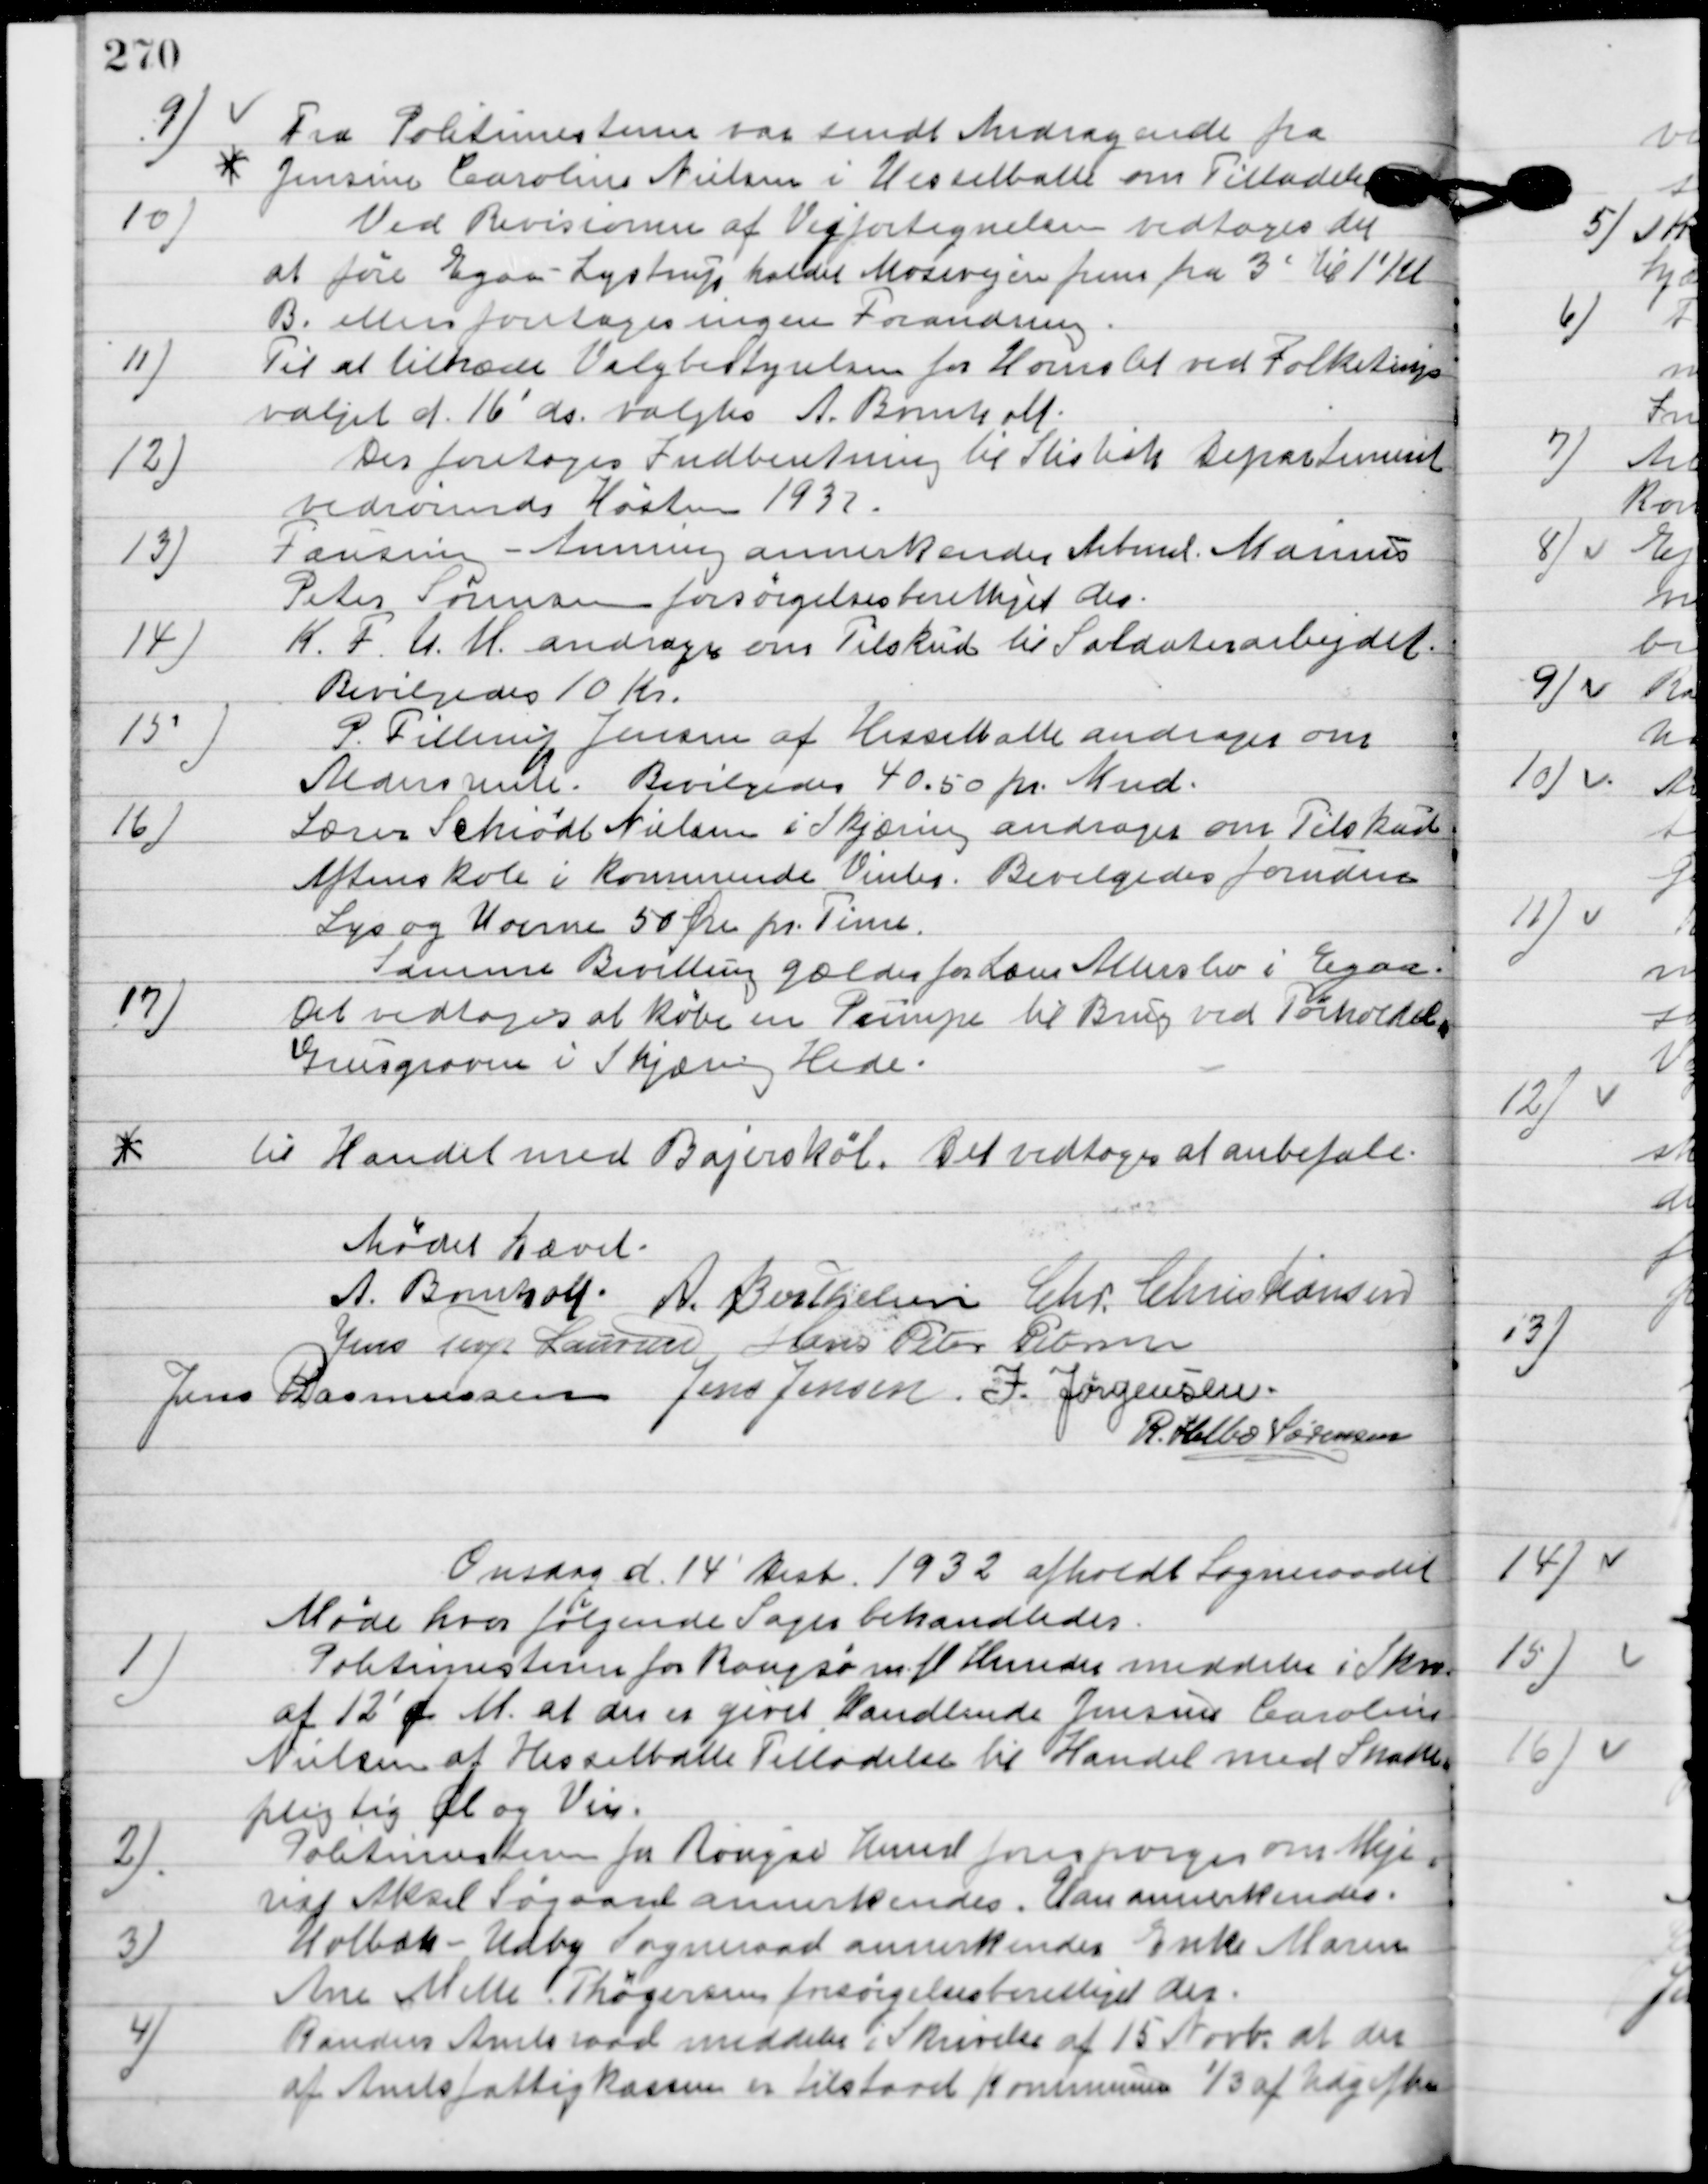
Transskription:
9

Fra Politimesteren var sendt andragende fra
*
Jensine Caroline Nielsen i Hesselballe om Tilladelse

10

Ved Revisionen af Vejfortegnelsen vedtoges det
at føre Egaa-Lystrup kaldet Motorvejen frem fra 3 ´til 1´Kl.
B. ellers foretages ingen Forandring.

11

Til at tiltræde valgbestyrelsen for Hornslet ved folketings-
valget af 16´ds. Valgtes A. Bomholt.

12.

Der foretoges Indberetning til Stistisk Departement 
vedrørende Høsten 1932.

13.

Fausing-Auning annnekeder Arbmd. Marius
Peter Sørensen forsørgelsesberetiget der.

14.

K.F.U.M. andrager om Tilskud til Soldaterarbejdet.
Bevilgedes 10 Kr.

15

P. Filling Jensen af Hesselballe andrager om 
Aldersrente.
Bevilgedes 40,50 pr. Mnd.

16

Lærer Schiødt Nielsen i Skjæring andrager om Tilskud
Aftenskole i kommende vinter.
Bevilgedes foruden
Lys og varme 50 Øre pr. Time.
Samme bevilling gælder for Lærer Allerslev i Egaa.

17

Det vedtoges at købe en Pumpe til brug ved Tørkedage
Grusgravere i Skjæring Hede.

*
Til Handel med Bajerskøl.
Det vedtoges at anbefale.

Mødet hævet.

A. Bomholt
A. Berthelsen
Chr. Christiansen
Jens Terp Laursen
Hans Peter Pedersen
Jens Rasmussen
Jens Jensen
I. Jørgensen
R. Helbo Sørensen

Onsdag d. 14´ Desb. 1932 afholdt Sogneraadet
Møde hvor følgende Sager behandledes.

1

Politimesteren for Rougsø m. fl. indsender meddelelse i Skema
af 12´f. M. at der er givet Handlende Jensine Caroline
Nielsen af Hesselballe Tilladelse til Handel med Skatte-
pligtig Øl og Vin.

2

Politimesteren for Rougsø Herred forespørger om Meje-
rist Aksel Søgaard annerkendes.
Han annerkendes.

3

Holbæk-Udby Sogneraad annerkender Enke Marie
 Ane Mille Thøgersen forsørgelsesberettiget der.

4

Randers Amtsraad meddeler i Skrivelse af 15 Novb. at der
 af Amtsfattigkassen er tilstaaet Kommunen 1/3 af Udgifterne